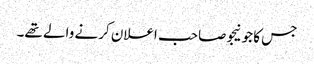
جس کا جونیجو صاحب اعلان کرنے والے تھے۔